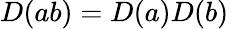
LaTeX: D(ab)=D(a)D(b)